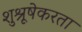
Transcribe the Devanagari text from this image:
शुश्रूषेकरता